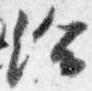
給